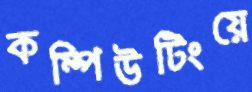
কম্পিউটিংয়ে